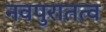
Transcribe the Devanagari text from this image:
नवपुरातत्व